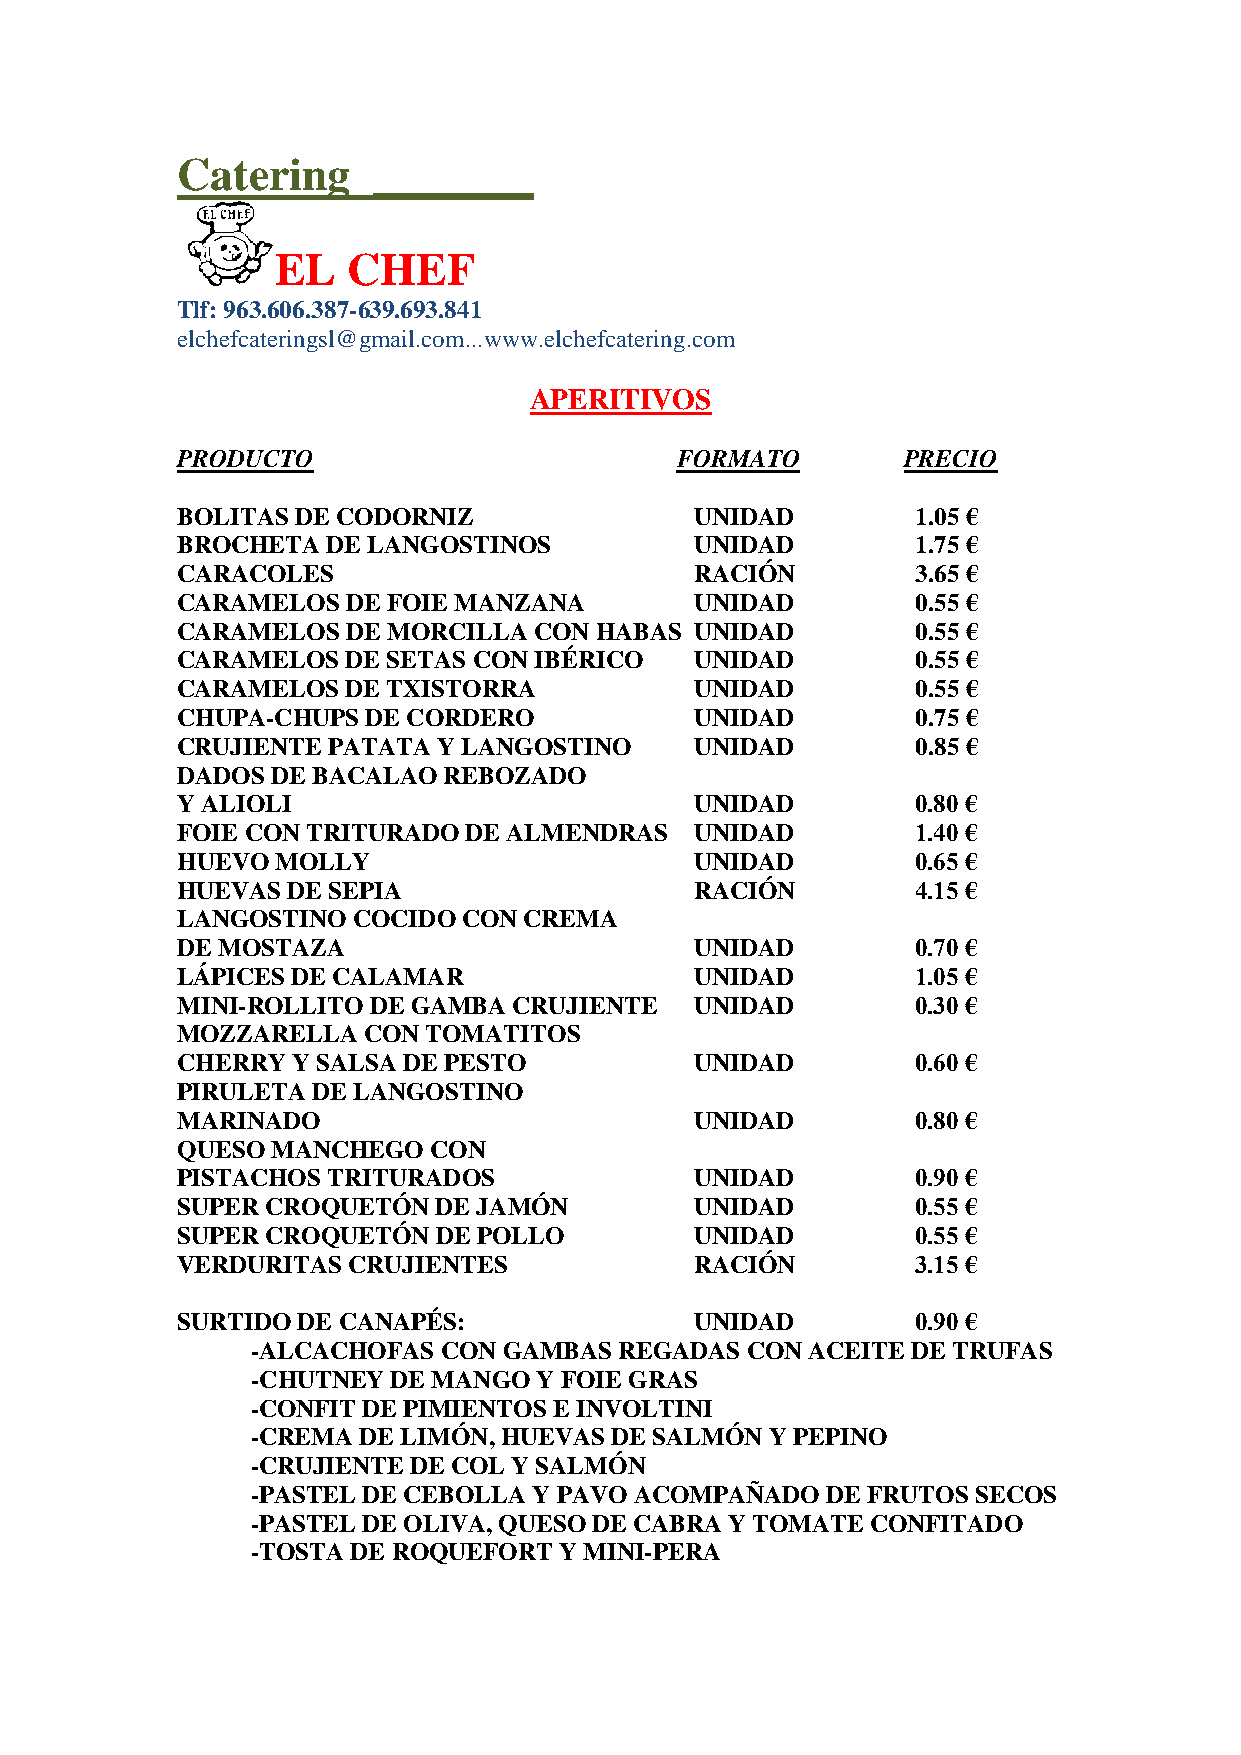
Catering     _______
 EL   CHEF
 Tlf: 963.606.387-639.693.841
 elchefcateringsl@gmail.com...www.elchefcatering.com
 APERITIVOS
 PRODUCTO                         FORMATO        PRECIO
 BOLITAS DE CODORNIZ               UNIDAD         1.05 €
 BROCHETA  DE LANGOSTINOS          UNIDAD         1.75 €
 CARACOLES                         RACIÓN         3.65 €
 CARAMELOS  DE FOIE MANZANA        UNIDAD         0.55 €
 CARAMELOS  DE MORCILLA CON HABAS  UNIDAD         0.55 €
 CARAMELOS  DE SETAS CON IBÉRICO   UNIDAD         0.55 €
 CARAMELOS  DE TXISTORRA           UNIDAD         0.55 €
 CHUPA-CHUPS DE CORDERO            UNIDAD         0.75 €
 CRUJIENTE PATATA Y LANGOSTINO     UNIDAD         0.85 €
 DADOS DE BACALAO REBOZADO
 Y ALIOLI                          UNIDAD         0.80 €
 FOIE CON TRITURADO DE ALMENDRAS   UNIDAD         1.40 €
 HUEVO MOLLY                       UNIDAD         0.65 €
 HUEVAS DE SEPIA                   RACIÓN         4.15 €
 LANGOSTINO COCIDO  CON CREMA
 DE MOSTAZA                        UNIDAD         0.70 €
 LÁPICES DE CALAMAR                UNIDAD         1.05 €
 MINI-ROLLITO DE GAMBA CRUJIENTE   UNIDAD         0.30 €
 MOZZARELLA  CON TOMATITOS
 CHERRY Y SALSA DE PESTO           UNIDAD         0.60 €
 PIRULETA DE LANGOSTINO
 MARINADO                          UNIDAD         0.80 €
 QUESO MANCHEGO  CON
 PISTACHOS TRITURADOS              UNIDAD         0.90 €
 SUPER CROQUETÓN  DE JAMÓN         UNIDAD         0.55 €
 SUPER CROQUETÓN  DE POLLO         UNIDAD         0.55 €
 VERDURITAS CRUJIENTES             RACIÓN         3.15 €
 SURTIDO DE CANAPÉS:               UNIDAD         0.90 €
 -ALCACHOFAS CON GAMBAS  REGADAS CON  ACEITE DE TRUFAS
 -CHUTNEY DE MANGO Y FOIE GRAS
 -CONFIT DE PIMIENTOS E INVOLTINI
 -CREMA DE LIMÓN, HUEVAS DE SALMÓN Y PEPINO
 -CRUJIENTE DE COL Y SALMÓN
 -PASTEL DE CEBOLLA Y PAVO ACOMPAÑADO  DE FRUTOS SECOS
 -PASTEL DE OLIVA, QUESO DE CABRA Y TOMATE CONFITADO
 -TOSTA DE ROQUEFORT Y MINI-PERA